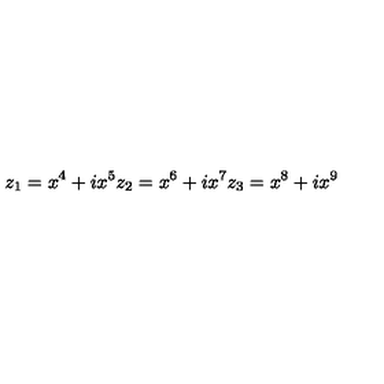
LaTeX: z _ { 1 } = x ^ { 4 } + i x ^ { 5 } z _ { 2 } = x ^ { 6 } + i x ^ { 7 } z _ { 3 } = x ^ { 8 } + i x ^ { 9 }